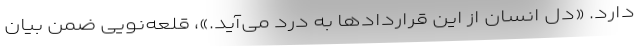
دارد. «دل انسان از این قراردادها به درد می‌آید.»، قلعه‌نویی ضمن بیان